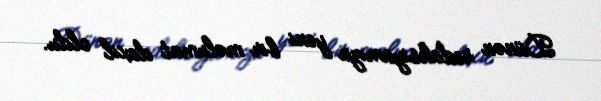
Dünən redaksiyamıza yeni bir məlumat daxil oldu.